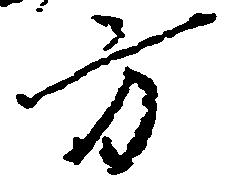
方